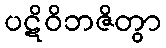
ပဋိဝိဘဇိတွာ